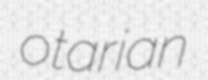
otarian